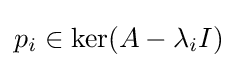
p_{i}\in \ker(A-\lambda _{i}I)